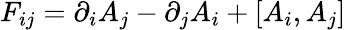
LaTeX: F_{ij}=\partial_{i}A_{j}-\partial_{j}A_{i}+[A_{i},A_{j}]